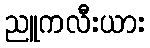
ညူကလီးယား